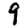
Digit: 9